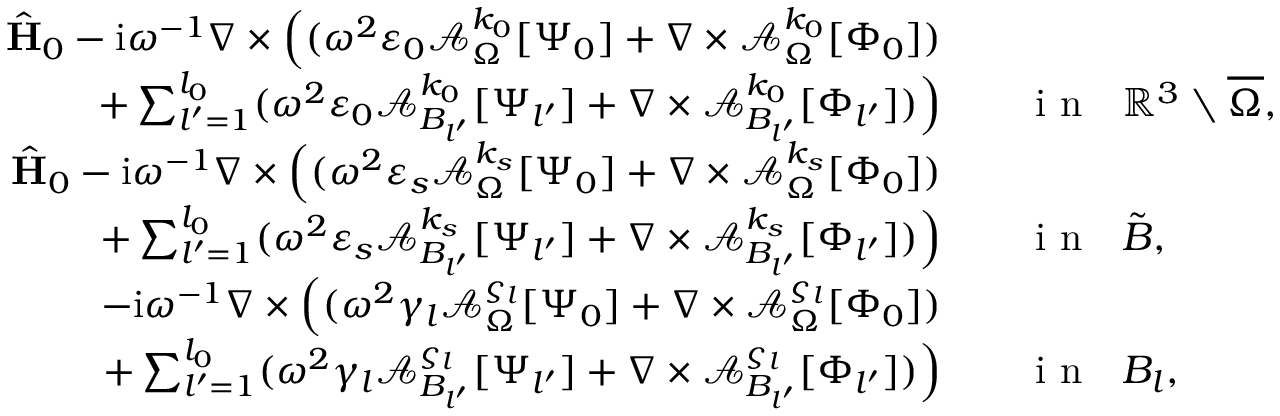
\begin{array} { r l } { \hat { \mathbf { H } } _ { 0 } - \mathrm { i } \omega ^ { - 1 } \nabla \times \Big ( ( \omega ^ { 2 } \varepsilon _ { 0 } \mathcal { A } _ { \Omega } ^ { k _ { 0 } } [ \Psi _ { 0 } ] + \nabla \times \mathcal { A } _ { \Omega } ^ { k _ { 0 } } [ \Phi _ { 0 } ] ) } & { { } } \\ { + \sum _ { l ^ { \prime } = 1 } ^ { l _ { 0 } } ( \omega ^ { 2 } \varepsilon _ { 0 } \mathcal { A } _ { B _ { l ^ { \prime } } } ^ { k _ { 0 } } [ \Psi _ { l ^ { \prime } } ] + \nabla \times \mathcal { A } _ { B _ { l ^ { \prime } } } ^ { k _ { 0 } } [ \Phi _ { l ^ { \prime } } ] ) \Big ) } & { { } \quad \mathrm { ~ i ~ n ~ } \ \ \mathbb { R } ^ { 3 } \setminus \overline { \Omega } , } \\ { \hat { \mathbf { H } } _ { 0 } - \mathrm { i } \omega ^ { - 1 } \nabla \times \Big ( ( \omega ^ { 2 } \varepsilon _ { s } \mathcal { A } _ { \Omega } ^ { k _ { s } } [ \Psi _ { 0 } ] + \nabla \times \mathcal { A } _ { \Omega } ^ { k _ { s } } [ \Phi _ { 0 } ] ) } & { { } } \\ { + \sum _ { l ^ { \prime } = 1 } ^ { l _ { 0 } } ( \omega ^ { 2 } \varepsilon _ { s } \mathcal { A } _ { B _ { l ^ { \prime } } } ^ { k _ { s } } [ \Psi _ { l ^ { \prime } } ] + \nabla \times \mathcal { A } _ { B _ { l ^ { \prime } } } ^ { k _ { s } } [ \Phi _ { l ^ { \prime } } ] ) \Big ) } & { { } \quad \mathrm { ~ i ~ n ~ } \ \ \tilde { B } , } \\ { - \mathrm { i } \omega ^ { - 1 } \nabla \times \Big ( ( \omega ^ { 2 } \gamma _ { l } \mathcal { A } _ { \Omega } ^ { \varsigma _ { l } } [ \Psi _ { 0 } ] + \nabla \times \mathcal { A } _ { \Omega } ^ { \varsigma _ { l } } [ \Phi _ { 0 } ] ) } & { { } } \\ { + \sum _ { l ^ { \prime } = 1 } ^ { l _ { 0 } } ( \omega ^ { 2 } \gamma _ { l } \mathcal { A } _ { B _ { l ^ { \prime } } } ^ { \varsigma _ { l } } [ \Psi _ { l ^ { \prime } } ] + \nabla \times \mathcal { A } _ { B _ { l ^ { \prime } } } ^ { \varsigma _ { l } } [ \Phi _ { l ^ { \prime } } ] ) \Big ) } & { { } \quad \mathrm { ~ i ~ n ~ } \ \ B _ { l } , } \end{array}